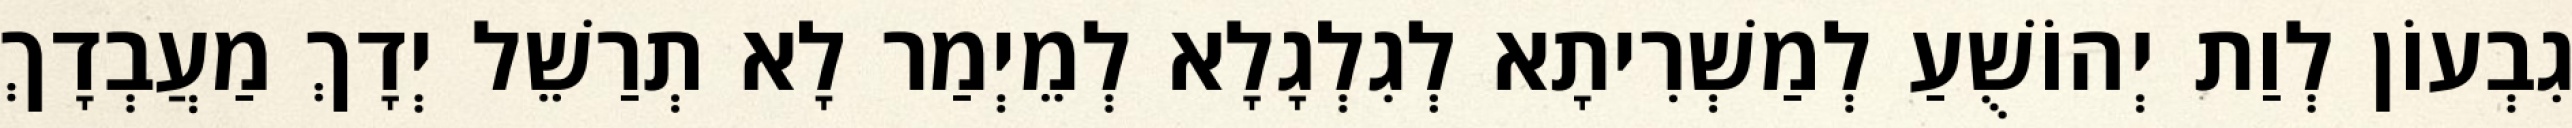
גִבְעוֹן לְוַת יְהוֹשֻׁעַ לְמַשְׁרִיתָא לְגִלְגָלָא לְמֵיְמַר לָא תְרַשֵׁל יְדָךְ מַעֲבְדָךְ